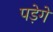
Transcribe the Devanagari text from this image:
पड़ेगे